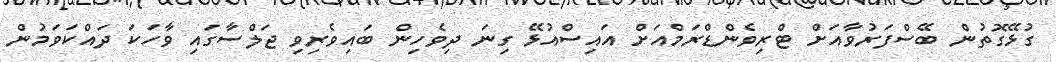
ގުޅޭގޮތުން ބޭސްފަރުވާއަށް ޓްރިވެންޑްރަމްއަށް އައިސްއުޅޭ ގިނަ ދިވެހިން ބައިވެރިވި ޖަލްސާގައި ވާހަކަ ދައްކަވަމުން